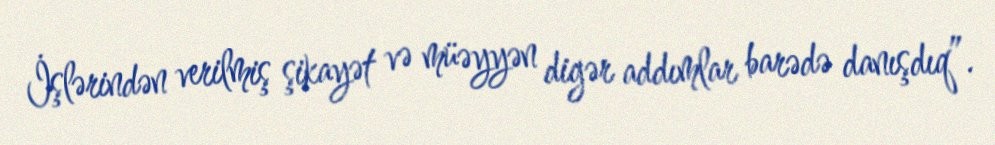
İşlərindən verilmiş şikayət və müəyyən digər addımlar barədə danışdıq”.